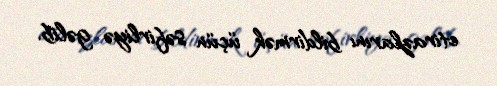
etirazlarını bildirmək üçün səfirliyə gəlib.